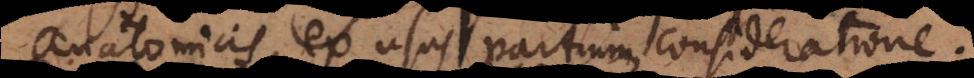
anatomicis, ex usus partium consideratione.